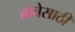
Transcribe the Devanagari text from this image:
त्वचेसाठी